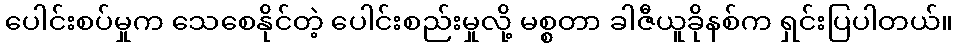
ပေါင်းစပ်မှုက သေစေနိုင်တဲ့ ပေါင်းစည်းမှုလို့ မစ္စတာ ခါဇီယူခိုနစ်က ရှင်းပြပါတယ်။